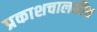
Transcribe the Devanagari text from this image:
प्रकाशचालकीय